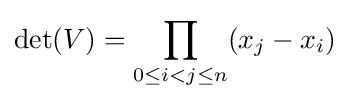
\det(V)=\prod _{0\leq i<j\leq n}(x_{j}-x_{i})